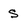
Character: S